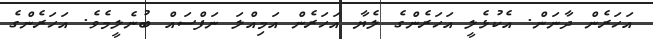
އަހަރެން ދާނަން. އެކުޅެލީ އަހަރެންގެ ލެޔާ އަހަރެން އަމިއްލަ ނަފްސައް ބުނެލީމެވެ. އަހަރެންގެ